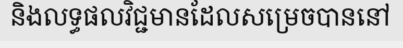
និងលទ្ធផលវិជ្ជមានដែលសម្រេចបាននៅ